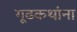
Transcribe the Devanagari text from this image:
गूढकथांना